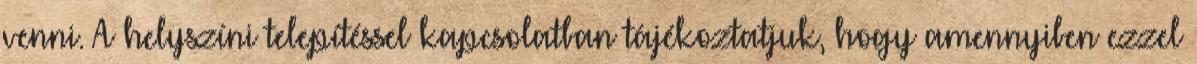
venni. A helyszíni telepítéssel kapcsolatban tájékoztatjuk, hogy amennyiben ezzel